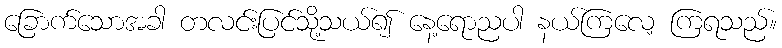
ခြောက်သောအခါ တလင်းပြင်သို့သယ်၍ နေ့ရောညပါ နယ်ကြလေ့ ကြရသည်။